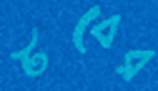
টবের